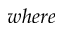
w h e r e